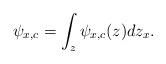
LaTeX: \begin{align*}\psi_{x,c}=\int_{z}\psi_{x,c}(z)dz_{x}.\end{align*}